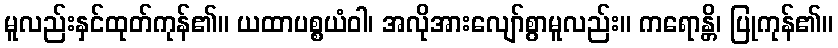
မူလည်းနှင်ထုတ်ကုန်၏။ ယထာပစ္စယံဝါ၊ အလိုအားလျော်စွာမူလည်း။ ကရောန္တိ၊ ပြုကုန်၏။